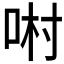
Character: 𠴘